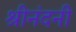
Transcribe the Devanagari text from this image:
श्रीनंदनी